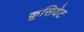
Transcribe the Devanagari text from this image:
क्रूसियेट